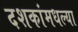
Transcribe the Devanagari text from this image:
दशकांमधल्या